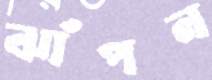
ঝাঁপন